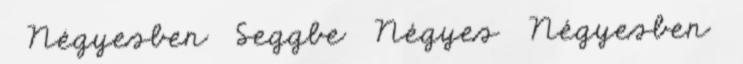
▪ Négyesben ▪ Seggbe ▪ Négyes ▪ Négyesben ▪